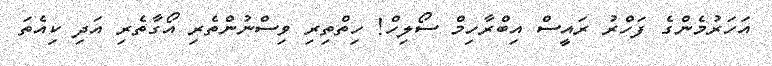
އަހަރުމެންގެ ފަހްރު ރައީސް އިބްރާހިމް ސޯލިހް! ހިތްތިރި ވިސްނުންތެރި އޯގާތެރި އަދި ކިއެތަ